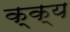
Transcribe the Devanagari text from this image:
क्क्य